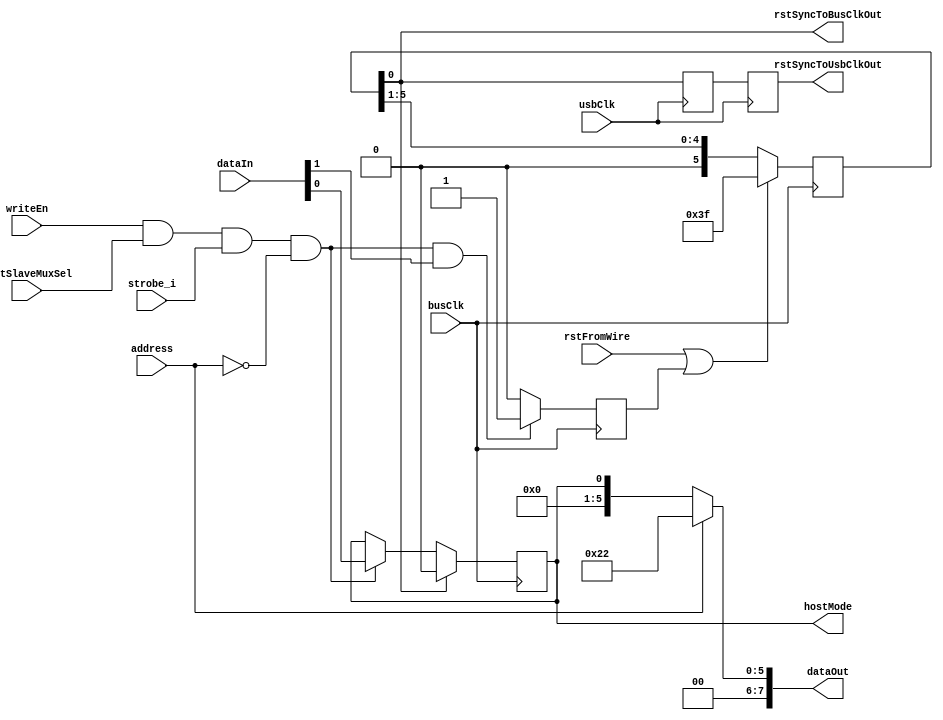
module hostSlaveMuxBI (
	input		[7:0]	dataIn,
	input				address,
	input				writeEn,
	input				strobe_i,
	input				busClk,
	input				usbClk,
	output		[7:0]	dataOut,
	input				hostSlaveMuxSel,
	output	reg			hostMode,
	input				rstFromWire,
	output				rstSyncToBusClkOut,
	output	reg			rstSyncToUsbClkOut
);

	reg		[5:0]	rstShift;
	reg				rstFromBus;
	reg				rstSyncToUsbClkFirst;

	//sync write demux
	always@(posedge busClk) begin
		if(rstSyncToBusClkOut)	hostMode <= 1'b0;
		else if(writeEn&hostSlaveMuxSel&strobe_i&~address)
								hostMode <= dataIn[0];
		else					hostMode <= hostMode;
		if(writeEn&hostSlaveMuxSel&strobe_i&~address&dataIn[1])
				rstFromBus <= 1'b1;
		else	rstFromBus <= 1'b0;
	end

	// async read mux
	assign dataOut = (address) ? 8'h22 : {7'h0, hostMode};

	// reset control
	//generate 'rstSyncToBusClk'
	//assuming that 'busClk' < 5 * 'usbClk'. ie 'busClk' < 240MHz
	always@(posedge busClk) begin
		if(rstFromWire|rstFromBus)	rstShift <= 6'b111111;
		else						rstShift <= {1'b0, rstShift[5:1]};
	end

	assign rstSyncToBusClkOut = rstShift[0];

	// double sync across clock domains to generate 'forceEmptySyncToWrClk'
	always@(posedge usbClk) begin
		rstSyncToUsbClkFirst <= rstSyncToBusClkOut;
		rstSyncToUsbClkOut <= rstSyncToUsbClkFirst;
	end

endmodule